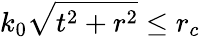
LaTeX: k_{0}\sqrt{t^{2}+r^{2}}\leq r_{c}